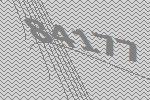
84177